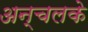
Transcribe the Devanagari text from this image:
अन्चलके